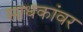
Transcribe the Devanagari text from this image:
साधकांवर